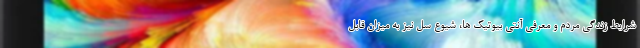
شرایط زندگی مردم و معرفی آنتی بیوتیک ها، شیوع سل نیز به میزان قابل